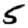
Digit: 5